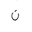
Letter: _non